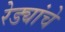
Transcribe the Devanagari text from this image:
रेड्यांचे